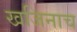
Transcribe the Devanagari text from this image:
खजिनाच